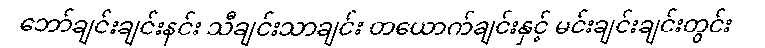
ဘော်ချင်းချင်းနင်း သီချင်းသာချင်း တယောက်ချင်းနှင့် မင်းချင်းချင်းတွင်း